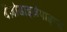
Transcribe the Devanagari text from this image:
बेंज़ोडाइज़ेपाइन्स